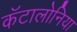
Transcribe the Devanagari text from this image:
कॅटालोनिया